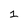
Character: 1